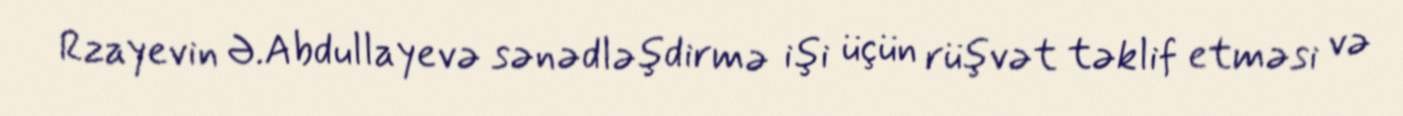
Rzayevin Ə.Abdullayevə sənədləşdirmə işi üçün rüşvət təklif etməsi və